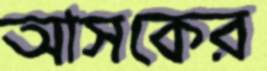
আসকের